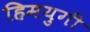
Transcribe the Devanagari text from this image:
हिमयुगी